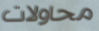
محاولات